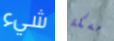
شيء مسكة